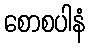
စောစပါနံ